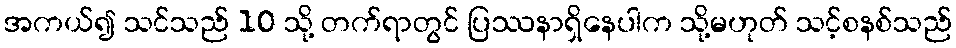
အကယ်၍ သင်သည် 10 သို့ တက်ရာတွင် ပြဿနာရှိနေပါက သို့မဟုတ် သင့်စနစ်သည်